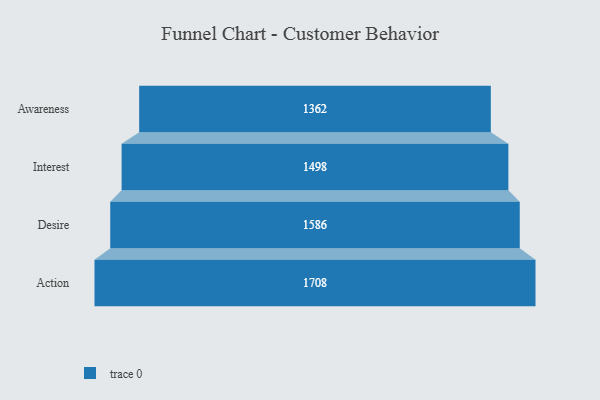
{"axis": {"x": "Stage", "y": "Value"}, "legend": [""], "data": [{"x": "Awareness", "y": 1362.0, "type": ""}, {"x": "Interest", "y": 1498.0, "type": ""}, {"x": "Desire", "y": 1586.0, "type": ""}, {"x": "Action", "y": 1708.0, "type": ""}]}